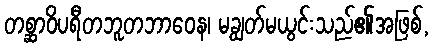
တစ္ဆာဝိပရီတဘူတဘာဝေန၊ မချွတ်မယွင်းသည်၏အဖြစ်,